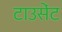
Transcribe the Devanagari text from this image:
टाउसेंट